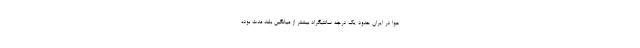
هوا در ایران حدود یک درجه سانتیگراد بیشتر از میانگین بلند مدت بوده